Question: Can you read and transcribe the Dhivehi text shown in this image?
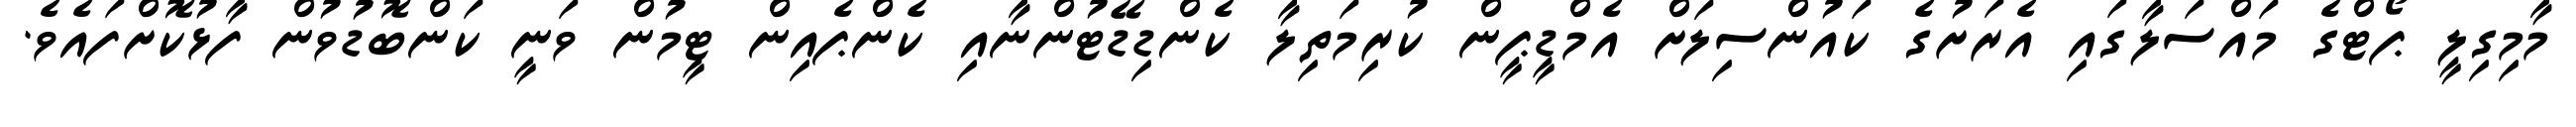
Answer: މާމިގިލީ ޕޯޓްގެ މައްސަލާގައި އެރަށުގެ ކައުންސިލަށް އެމްޑީޕީން ކުރިމަތިލާ ކެންޑިޑޭޓުންނާއި ކެންޕެއިން ޓީމުން ވަނީ ކަންބޮޑުވުން ފާޅުކޮށްފައެވެ.